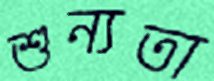
শুন্যতা